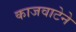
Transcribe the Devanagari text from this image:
काजवाटेने